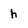
Character: h